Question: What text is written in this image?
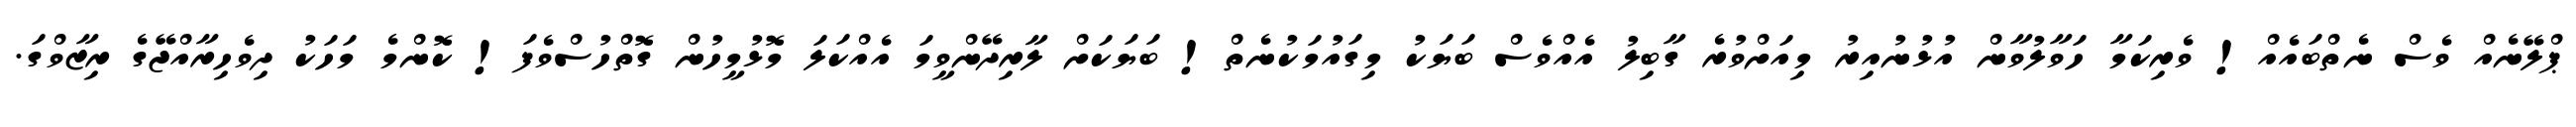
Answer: ޕްލޭނެއް ވެސް ނެތްބައެއް! ވެރިކަމާ ހަވާލުވާން އުޅުނުއިރު މިއަށްވުރެ ގާބިލު އެއްވެސް ބަޔަކު މިގައުމަކުނެތް! ބަޔަކަށް ލާރިދޭންވީމަ އެއްކަލަ މޮޅުމީހުން ގޮތްހުސްވެފަ! ކޮންމެ މަހަކު ދިވެހިރާއްޖޭގެ ރިޒާވްގަ.